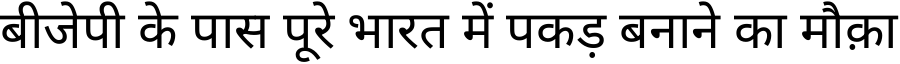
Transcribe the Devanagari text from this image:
बीजेपी के पास पूरे भारत में पकड़ बनाने का मौक़ा